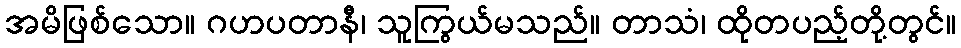
အမိဖြစ်သော။ ဂဟပတာနီ၊ သူကြွယ်မသည်။ တာသံ၊ ထိုတပည့်တို့တွင်။